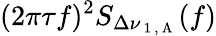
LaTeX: (2\pi\tau f)^{2}S_{\Delta\nu_{\mathrm{~1~,~A~}}}(f)